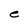
Character: e